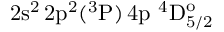
\mathrm { 2 s ^ { 2 } \, 2 p ^ { 2 } ( ^ { 3 } P ) \, 4 p ~ ^ { 4 } D _ { 5 / 2 } ^ { o } }